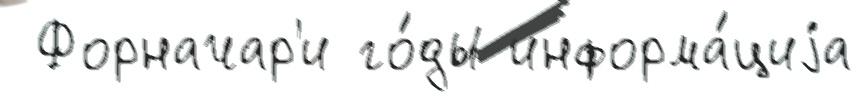
 Форначар'и го́ды информа́циjа